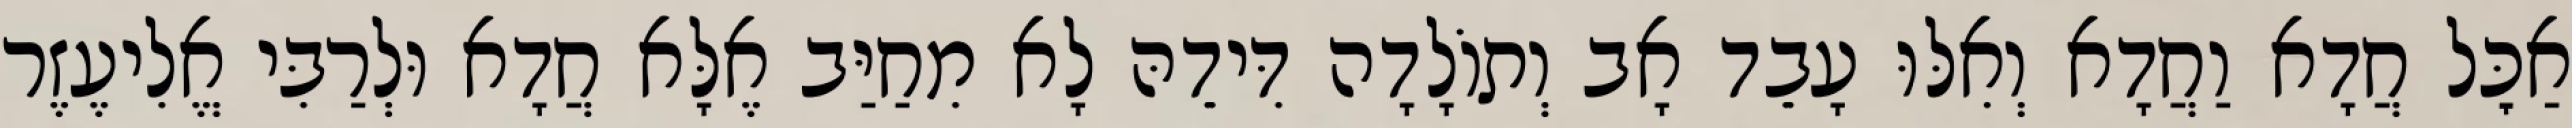
אַכׇּל חֲדָא וַחֲדָא וְאִלּוּ עָבֵד אָב וְתוֹלָדָה דִּידֵהּ לָא מִחַיַּב אֶלָּא חֲדָא וּלְרַבִּי אֱלִיעֶזֶר